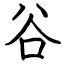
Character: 谷